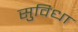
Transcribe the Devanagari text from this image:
सुविधा